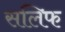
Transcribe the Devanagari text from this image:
सलिफ